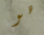
هو